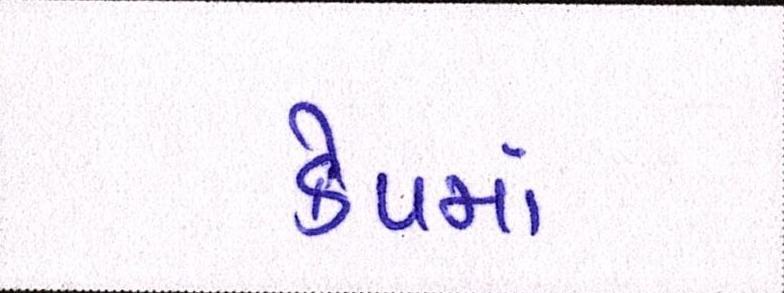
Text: કેપમાં